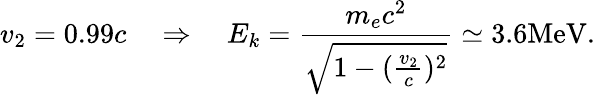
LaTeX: v_{2}=0.99c\quad\Rightarrow\quad E_{k}=\frac{m_{e}c^{2}}{\sqrt{1-(\frac{v_{2}}{c})^{2}}}\simeq 3.6\mathrm{MeV}.